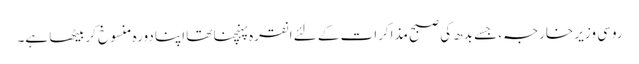
روسی وزیر خارجہ، جسے بدھ کی صبح مذاکرات کے لئے انقرہ پہنچنا تھا اپنا دورہ منسوخ کربیٹھا ہے۔